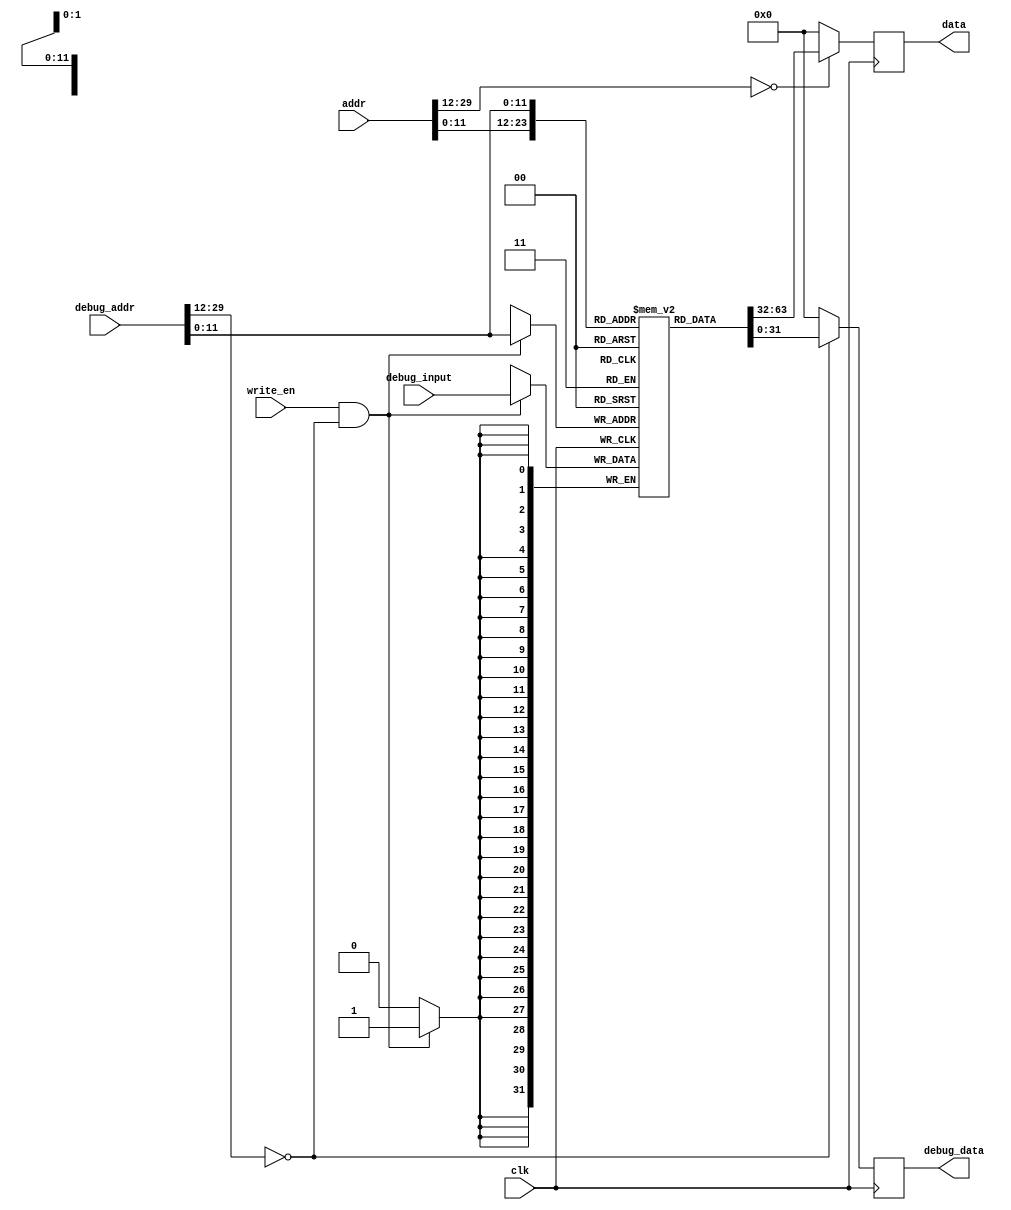
// asm file name: bht.S
module InstructionCache(
    input wire clk,
    input wire write_en,
    input wire [31:2] addr, debug_addr,
    input wire [31:0] debug_input,
    output reg [31:0] data, debug_data
);

    // local variable
    wire addr_valid = (addr[31:14] == 18'h0);
    wire debug_addr_valid = (debug_addr[31:14] == 18'h0);
    wire [11:0] dealt_addr = addr[13:2];
    wire [11:0] dealt_debug_addr = debug_addr[13:2];
    // cache content
    reg [31:0] inst_cache[0:4095];


    initial begin
        data = 32'h0;
        debug_data = 32'h0;
        inst_cache[       0] = 32'h00000293;
        inst_cache[       1] = 32'h00000313;
        inst_cache[       2] = 32'h00000393;
        inst_cache[       3] = 32'h00a00e13;
        inst_cache[       4] = 32'h00138393;
        inst_cache[       5] = 32'h00530333;
        inst_cache[       6] = 32'h00128293;
        inst_cache[       7] = 32'hffc29ce3;
        inst_cache[       8] = 32'h00000293;
        inst_cache[       9] = 32'hffc396e3;
        inst_cache[      10] = 32'h00130313;
end

    always@(posedge clk)
    begin
        data <= addr_valid ? inst_cache[dealt_addr] : 32'h0;
        debug_data <= debug_addr_valid ? inst_cache[dealt_debug_addr] : 32'h0;
        if(write_en & debug_addr_valid) 
            inst_cache[dealt_debug_addr] <= debug_input;
    end

endmodule